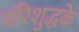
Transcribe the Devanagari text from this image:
परिशुद्धके